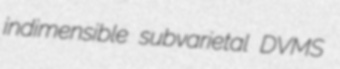
indimensible subvarietal DVMS